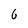
Character: 6